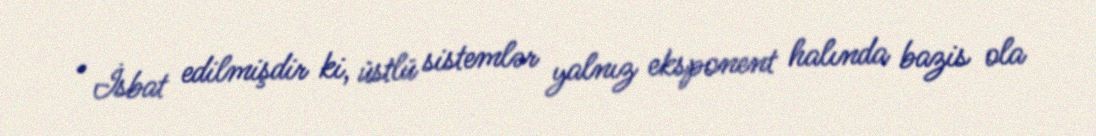
• İsbat edilmişdir ki, üstlü sistemlər yalnız eksponent halında bazis ola